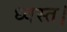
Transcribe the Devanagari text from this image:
ध्वस्त।